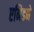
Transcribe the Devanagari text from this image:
एनिडने